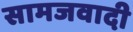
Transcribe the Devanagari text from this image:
सामजवादी